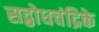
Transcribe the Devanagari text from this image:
सद्बोधचंद्रिके